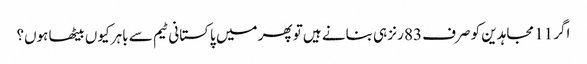
اگر 11 مجاہدین کو صرف 83 رنز ہی بنانے ہیں تو پھر میں پاکستانی ٹیم سے باہر کیوں بیٹھا ہوں؟